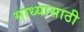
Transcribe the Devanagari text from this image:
साध्यासाठी